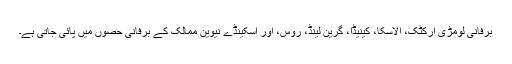
برفانی لومڑی آرکٹک، الاسکا، کینیڈا، گرین لینڈ، روس، اور اسکینڈے نیوین ممالک کے برفانی حصوں میں پائی جاتی ہے۔